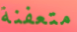
متعفنة